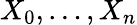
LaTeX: X_{0},\ldots,X_{n}